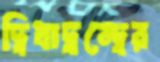
দ্বিধাদ্বন্দ্বের